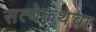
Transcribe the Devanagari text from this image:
सत्येकथेचा